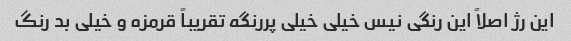
این رژ اصلاً این رنگی نیس خیلی خیلی پررنگه تقریباً قرمزه و خیلی بد رنگ